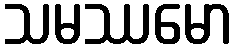
သမဿမော